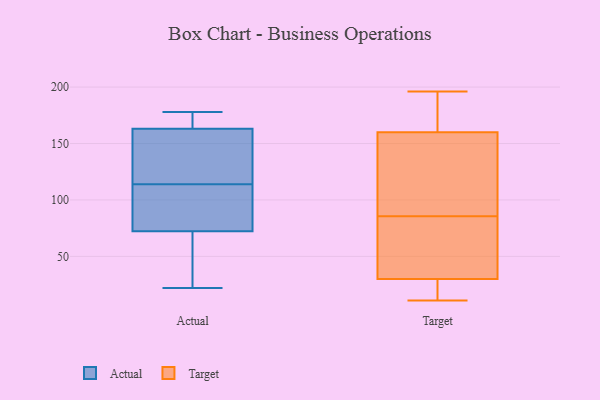
{"axis": {"x": "Customer Acquisition Cost (USD)", "y": "Value"}, "legend": ["Actual", "Target"], "data": [{"x": "", "y": 22, "type": "Actual"}, {"x": "", "y": 79, "type": "Actual"}, {"x": "", "y": 178, "type": "Actual"}, {"x": "", "y": 166, "type": "Actual"}, {"x": "", "y": 102, "type": "Actual"}, {"x": "", "y": 52, "type": "Actual"}, {"x": "", "y": 30, "type": "Actual"}, {"x": "", "y": 97, "type": "Actual"}, {"x": "", "y": 162, "type": "Actual"}, {"x": "", "y": 125, "type": "Actual"}, {"x": "", "y": 114, "type": "Actual"}, {"x": "", "y": 177, "type": "Actual"}, {"x": "", "y": 160, "type": "Actual"}, {"x": "", "y": 106, "type": "Target"}, {"x": "", "y": 184, "type": "Target"}, {"x": "", "y": 114, "type": "Target"}, {"x": "", "y": 144, "type": "Target"}, {"x": "", "y": 11, "type": "Target"}, {"x": "", "y": 30, "type": "Target"}, {"x": "", "y": 65, "type": "Target"}, {"x": "", "y": 59, "type": "Target"}, {"x": "", "y": 160, "type": "Target"}, {"x": "", "y": 16, "type": "Target"}, {"x": "", "y": 189, "type": "Target"}, {"x": "", "y": 16, "type": "Target"}, {"x": "", "y": 57, "type": "Target"}, {"x": "", "y": 196, "type": "Target"}]}